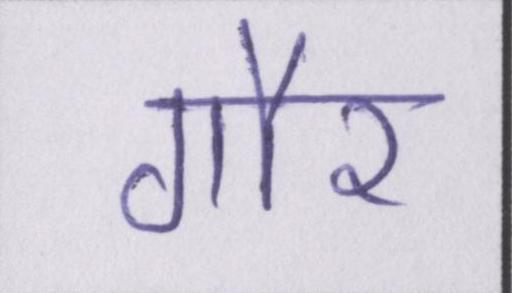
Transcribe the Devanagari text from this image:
गौर